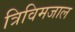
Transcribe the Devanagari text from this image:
त्रिविमजाल